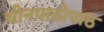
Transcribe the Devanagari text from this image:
चीनपाठोपाठ